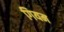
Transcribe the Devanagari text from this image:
गियम